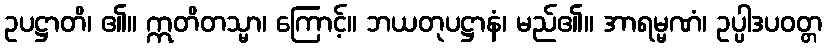
ဥပဋ္ဌာတိ၊ ၏။ ဣတိတသ္မာ၊ ကြောင့်။ ဘယတုပဋ္ဌာနံ၊ မည်၏။ အာရမ္မဏံ၊ ဥပ္ပါဒပဝတ္တ